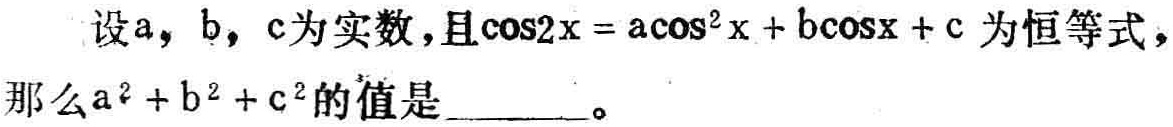
设\(a\)，\(b\)，\(c\)为实数，且\(\cos2x = a\cos^{2}x + b\cos x + c\)为恒等式，那么\(a^{2} + b^{2} + c^{2}\)的值是  。